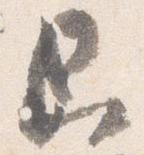
即